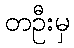
တဦးမှ